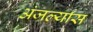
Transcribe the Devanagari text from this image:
अंजर्ल्यास